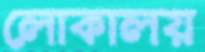
লোকালয়